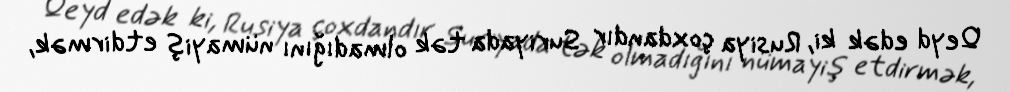
Qeyd edək ki, Rusiya çoxdandır Suriyada tək olmadığını nümayiş etdirmək,